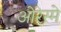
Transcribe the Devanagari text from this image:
ओरेस्मे